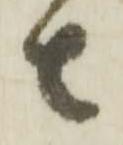
者